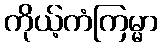
ကိုယ့်ကံကြမ္မာ